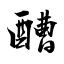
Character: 醩